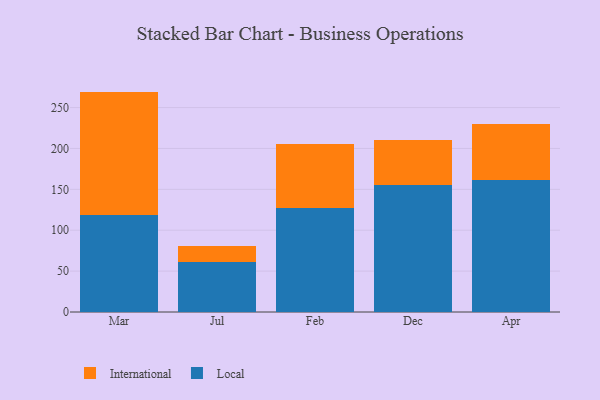
{"axis": {"x": "Month", "y": "Active Users"}, "legend": ["International", "Local"], "data": [{"x": "Mar", "y": 118.7, "type": "Local"}, {"x": "Mar", "y": 150.8, "type": "International"}, {"x": "Jul", "y": 61.5, "type": "Local"}, {"x": "Jul", "y": 19.5, "type": "International"}, {"x": "Feb", "y": 127.7, "type": "Local"}, {"x": "Feb", "y": 78.2, "type": "International"}, {"x": "Dec", "y": 155.6, "type": "Local"}, {"x": "Dec", "y": 55.0, "type": "International"}, {"x": "Apr", "y": 160.9, "type": "Local"}, {"x": "Apr", "y": 69.1, "type": "International"}]}